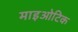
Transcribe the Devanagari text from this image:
माइओटिक